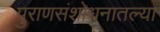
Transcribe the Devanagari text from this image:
पुराणसंशोधनातल्या